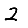
Digit: 2